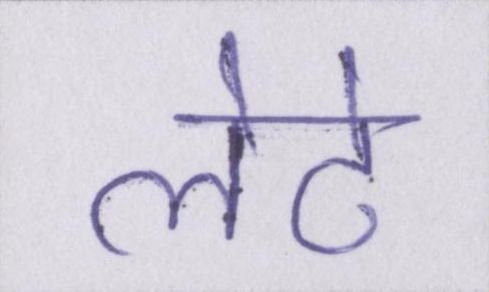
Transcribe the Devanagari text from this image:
लेटे